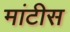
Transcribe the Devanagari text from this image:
मांटीस